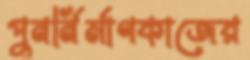
পুনর্নির্মাণকাজের